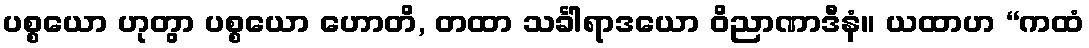
ပစ္စယော ဟုတွာ ပစ္စယော ဟောတိ, တထာ သင်္ခါရာဒယော ဝိညာဏာဒီနံ။ ယထာဟ “ကထံ